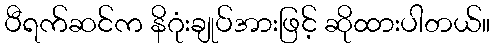
ပီရက်ဆင်က နိဂုံးချုပ်အားဖြင့် ဆိုထားပါတယ်။